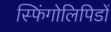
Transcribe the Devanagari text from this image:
स्फिंगोलिपिडों